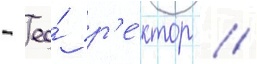
- ео́ р'е́ктор //